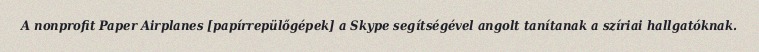
A nonprofit Paper Airplanes [papírrepülőgépek] a Skype segítségével angolt tanítanak a szíriai hallgatóknak.